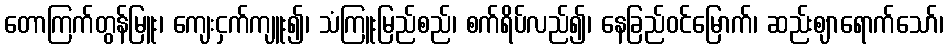
တောကြက်တွန်မြူး၊ ကျေးငှက်ကျူး၍၊ သံကြူးမြည်စည်၊ စက်ရိပ်လည်၍၊ နေခြည်ဝင်မြောက်၊ ဆည်းဈာရောက်သော်၊